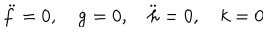
\ddot { f } = 0 , \quad \dot { g } = 0 , \quad \ddot { h } = 0 , \quad k = 0